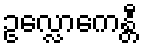
ဥလ္လောကေန္တီ